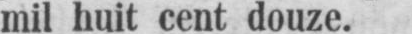
mil huit cent douze.